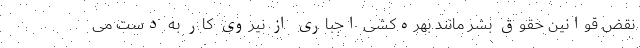
نقض قوانین حقوق بشر مانند بهره‌کشی اجباری از نیروی کار به دست می‌